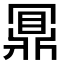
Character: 𪔃